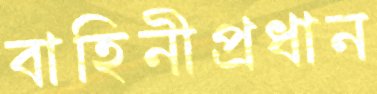
বাহিনীপ্রধান